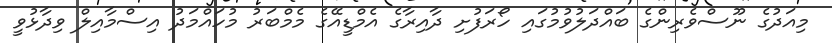
މިއަދުގެ ނޫސްވެރިންގެ ބައްދަލުވުމުގައި ހޯރަފުށި ދާއިރާގެ އެމްޑީއޭގެ މެމްބަރު މުހައްމަދު އިސްމާއިލް ވިދާޅުވީ